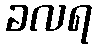
ခလရ